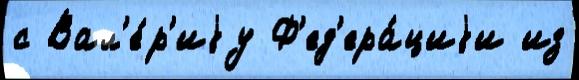
с Вал'е́р'иjу Ф'ед'ера́циjи из